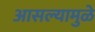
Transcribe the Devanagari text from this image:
आसल्‍यामुळे